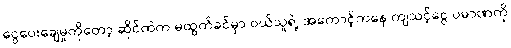
ငွေပေးချေမှုကိုတော့ ဆိုင်ထဲက မထွက်ခင်မှာ ဝယ်သူရဲ့ အကောင့်ကနေ ကျသင့်ငွေ ပမာဏကို